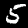
Label: 5